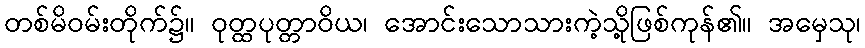
တစ်မိဝမ်းတိုက်၌။ ဝုတ္ထပုတ္တာဝိယ၊ အောင်းသောသားကဲ့သို့ဖြစ်ကုန်၏။ အမှေသု၊